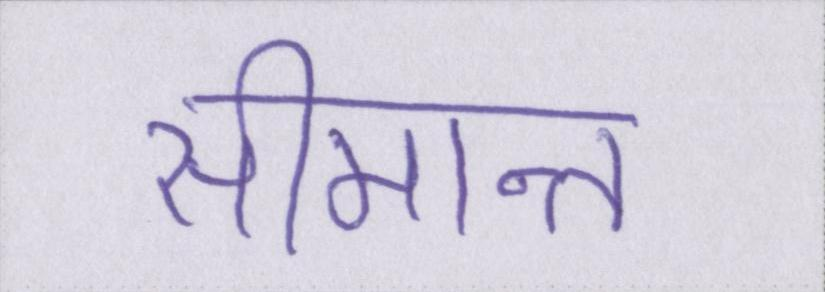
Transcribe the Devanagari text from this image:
सीमान्त